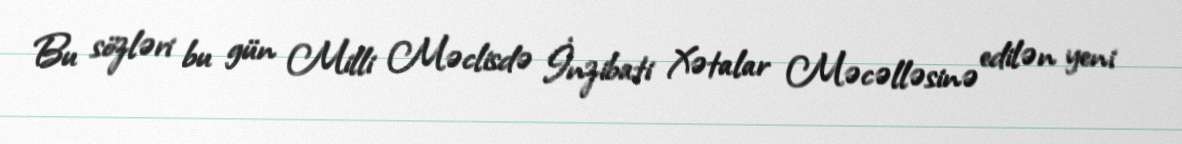
Bu sözləri bu gün Milli Məclisdə İnzibati Xətalar Məcəlləsinə edilən yeni